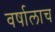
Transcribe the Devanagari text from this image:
वर्षालाच